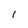
Character: l